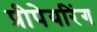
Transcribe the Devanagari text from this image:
प्रीपेयरिंग